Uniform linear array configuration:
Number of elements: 12
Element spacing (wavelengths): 1
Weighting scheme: blackman
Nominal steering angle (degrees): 45
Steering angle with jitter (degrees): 45.506
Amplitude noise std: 0.05
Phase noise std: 0.05

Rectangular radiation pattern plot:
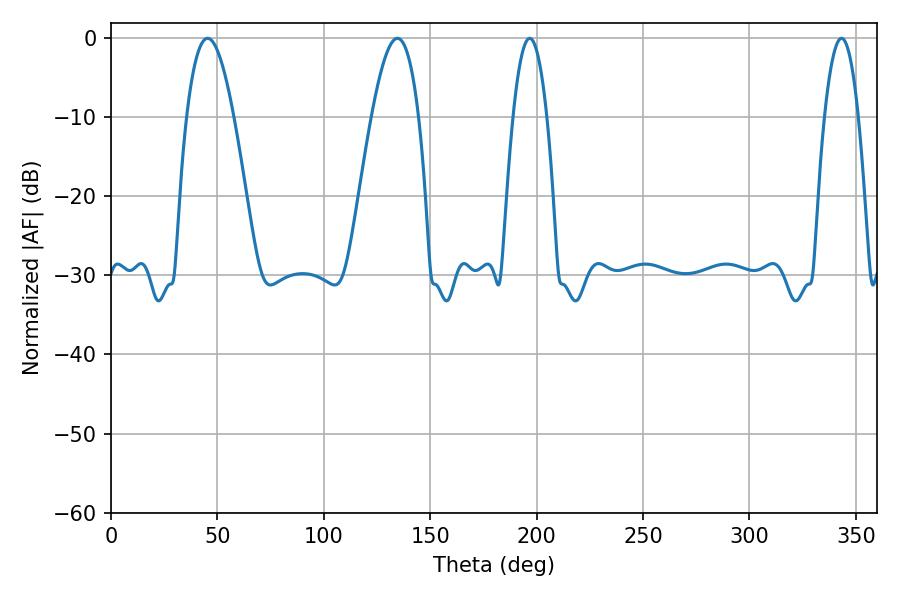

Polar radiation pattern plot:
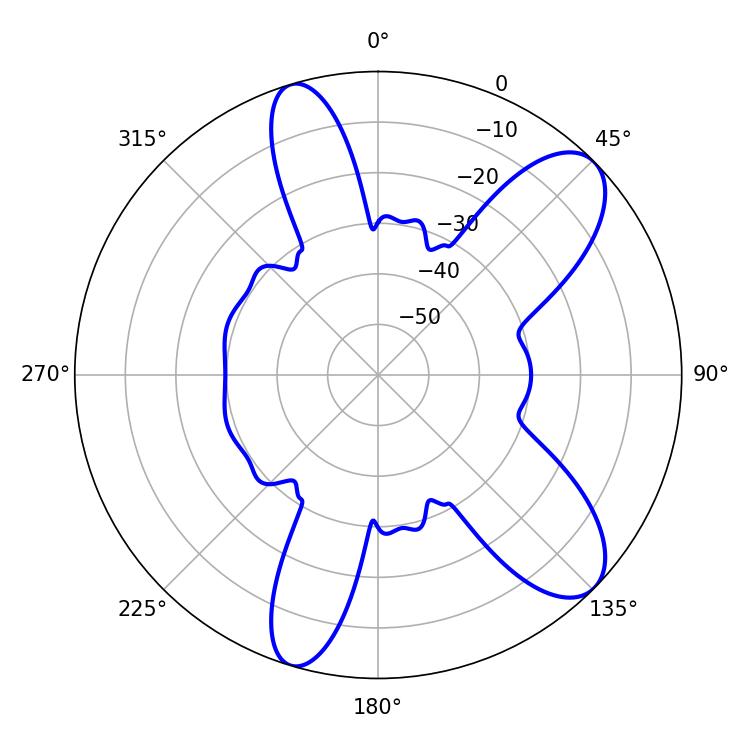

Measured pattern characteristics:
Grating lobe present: TRUE
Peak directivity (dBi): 9.363
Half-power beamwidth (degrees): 8.64
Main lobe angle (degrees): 196.74